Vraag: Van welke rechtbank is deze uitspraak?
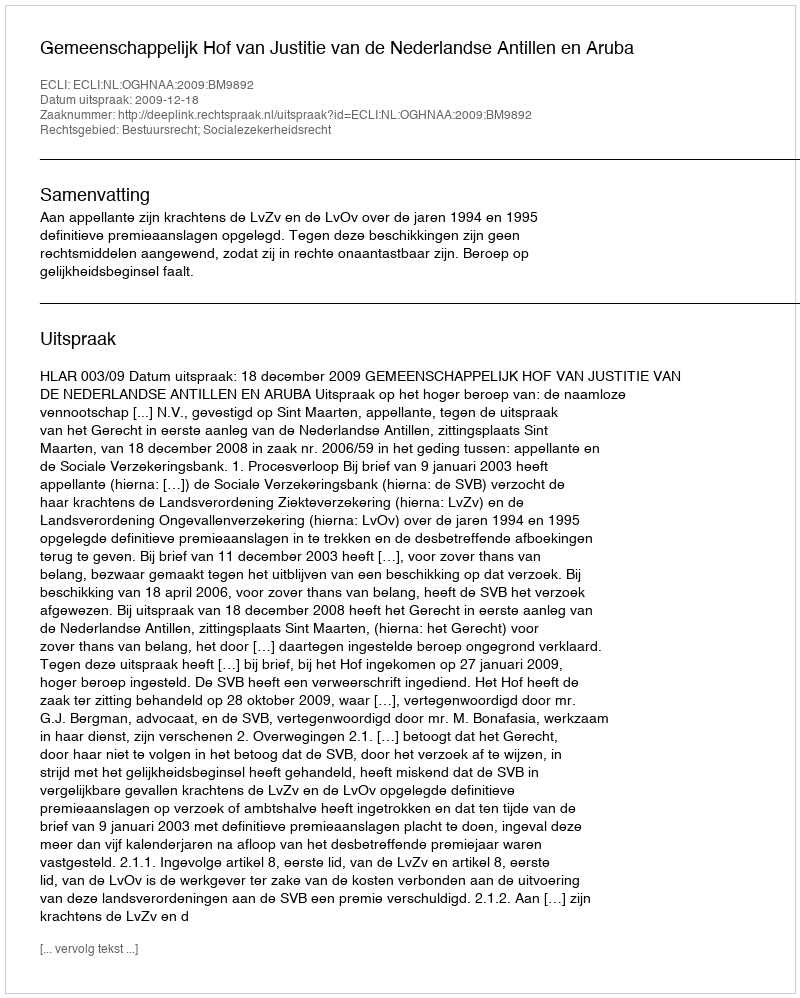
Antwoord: Gemeenschappelijk Hof van Justitie van de Nederlandse Antillen en Aruba